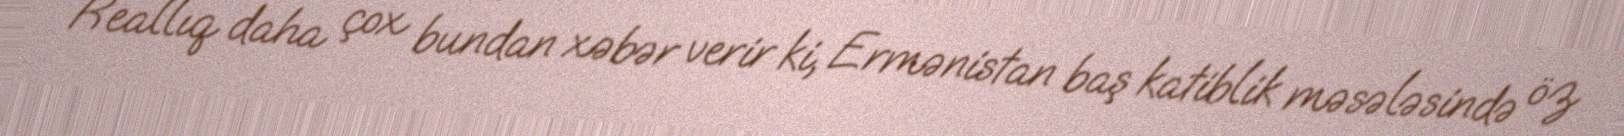
Reallıq daha çox bundan xəbər verir ki, Ermənistan baş katiblik məsələsində öz